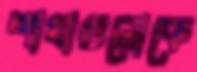
শাখাগুলোকে